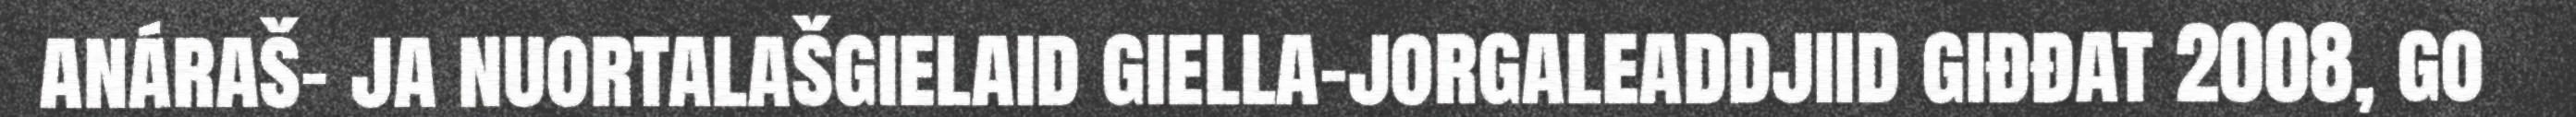
anáraš- ja nuortalašgielaid giella-jorgaleaddjiid giđđat 2008, go